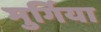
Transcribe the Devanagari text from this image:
मुर्गिया